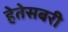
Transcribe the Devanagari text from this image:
हेतेसबरी